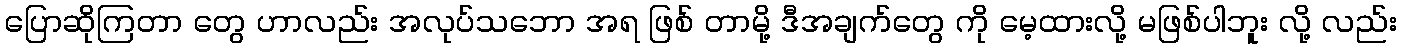
ပြောဆိုကြတာ တွေ ဟာလည်း အလုပ်သဘော အရ ဖြစ် တာမို့ ဒီအချက်တွေ ကို မေ့ထားလို့ မဖြစ်ပါဘူး လို့ လည်း